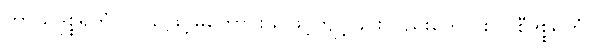
ကာယဒုစ္စရိတံ၊ ကိုယ်ဖြင့်မကောင်းသဖြင့်ကျင့်ခြင်းလည်းကောင်း။ ဝစီဒုစ္စရိတံ၊